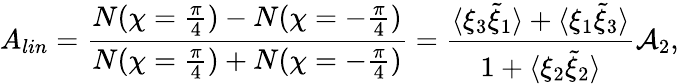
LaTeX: A_{lin}=\frac{N(\chi=\frac{\pi}{4})-N(\chi=-\frac{\pi}{4})}{N(\chi=\frac{\pi}{4})+N(\chi=-\frac{\pi}{4})}=\frac{\langle\xi_{3}\tilde{\xi}_{1}\rangle+\langle\xi_{1}\tilde{\xi}_{3}\rangle}{1+\langle\xi_{2}\tilde{\xi}_{2}\rangle}{\cal A}_{2},